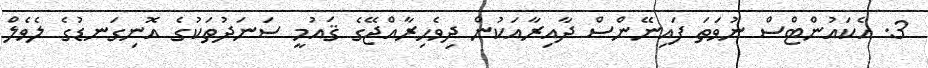
3. އެކައުންޓްސް ނުވަތަ ފައިނޭންސް ދާއިރާއަކުން ދިވެހިރާއްޖޭގެ ޤައުމީ ސަނަދުތަކުގެ އޮނިގަނޑުގެ ލެވެލް